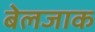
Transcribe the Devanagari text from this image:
बेलजाक